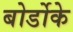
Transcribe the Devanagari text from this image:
बोर्डोके